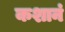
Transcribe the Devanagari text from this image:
कशानं